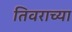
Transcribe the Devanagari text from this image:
तिवराच्या